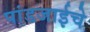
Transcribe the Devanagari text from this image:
पांडजाईचे